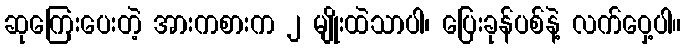
ဆုကြေးပေးတဲ့ အားကစားက ၂ မျိုးထဲသာပါ၊ ပြေးခုန်ပစ်နဲ့ လက်ဝှေ့ပါ။